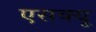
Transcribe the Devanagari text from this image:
एसक्यू